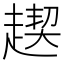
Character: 𧼪